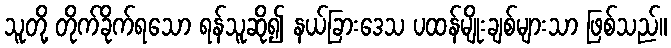
သူတို့ တိုက်ခိုက်ရသော ရန်သူဆို၍ နယ်ခြားဒေသ ပထန်မျိုးချစ်များသာ ဖြစ်သည်။